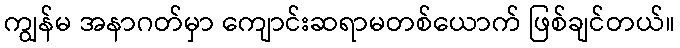
ကျွန်မ အနာဂတ်မှာ ကျောင်းဆရာမတစ်ယောက် ဖြစ်ချင်တယ်။